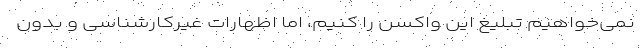
نمی‌خواهیم تبلیغ این واکسن را کنیم، اما اظهارات غیرکارشناسی و بدون